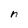
Character: n